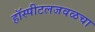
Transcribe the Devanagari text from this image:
हॉस्पीटलजवळचा